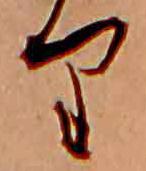
り